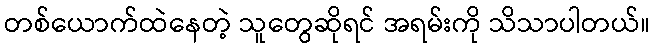
တစ်ယောက်ထဲနေတဲ့ သူတွေဆိုရင် အရမ်းကို သိသာပါတယ်။